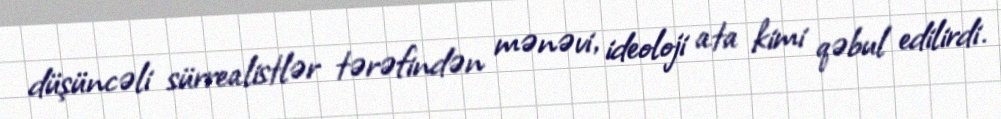
düşüncəli sürrealistlər tərəfindən mənəvi, ideoloji ata kimi qəbul edilirdi.